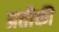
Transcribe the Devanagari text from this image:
प्रतीकी